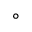
^ { \circ }